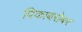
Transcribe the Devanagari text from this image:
पिकाबरोबर